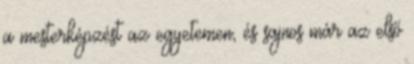
a mesterképzést az egyetemen, és sajnos már az első